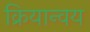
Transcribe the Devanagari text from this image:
क्रियान्वय